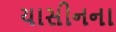
યાસીનના